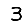
Digit: 3